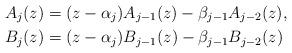
LaTeX: \begin{align*} A_j(z) &= (z - \alpha_j) A_{j - 1}(z) - \beta_{j - 1} A_{j - 2}(z), \\ B_j(z) &= (z - \alpha_j) B_{j - 1}(z) - \beta_{j - 1} B_{j - 2}(z) \end{align*}